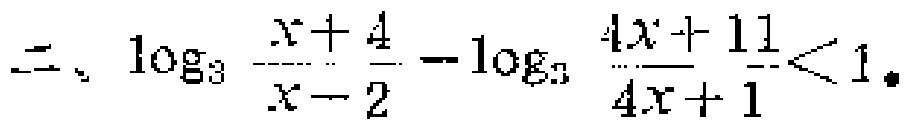
二、\(\log_{3}\frac{x + 4}{x - 2}-\log_{3}\frac{4x + 11}{4x + 1}<1\)